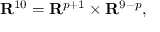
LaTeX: { \bf R } ^ { 1 0 } = { \bf R } ^ { p + 1 } \times { \bf R } ^ { 9 - p } ,